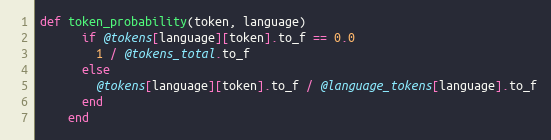
Language: Ruby
def token_probability(token, language)
      if @tokens[language][token].to_f == 0.0
        1 / @tokens_total.to_f
      else
        @tokens[language][token].to_f / @language_tokens[language].to_f
      end
    end